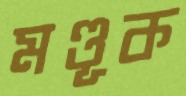
মণ্ডূক